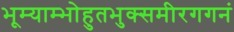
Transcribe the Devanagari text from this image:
भूम्याम्भोहुतभुक्समीरगगनं